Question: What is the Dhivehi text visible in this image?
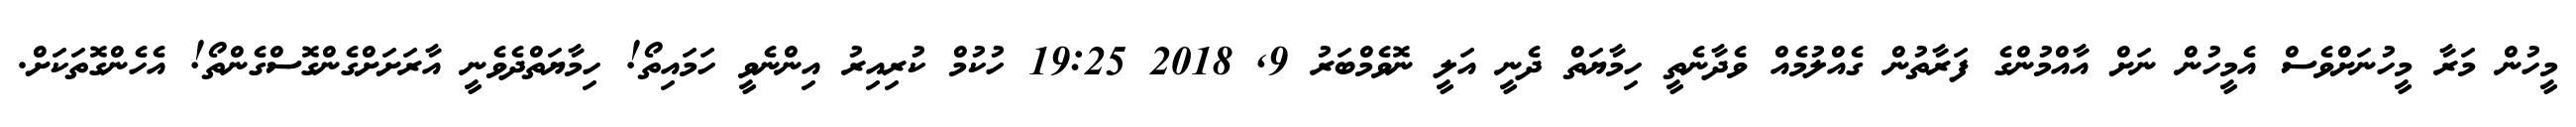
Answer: މީހުން މަރާ މީހުނަށްވެސް އެމީހުން ނަށް އާއްމުންގެ ފަރާތުން ގެއްލުމެއް ވެދާނެތީ ހިމާޔަތް ދެނީ އަލީ ނޮވެމްބަރު 9, 2018 19:25 ހުކުމް ކުރިއިރު އިންނެވީ ހަމައިތޯ! ހިމާޔަތްދެވެނީ އާރަށަށްގެންގޮސްގެންތޯ! އެހެންގޮތަކަށް.